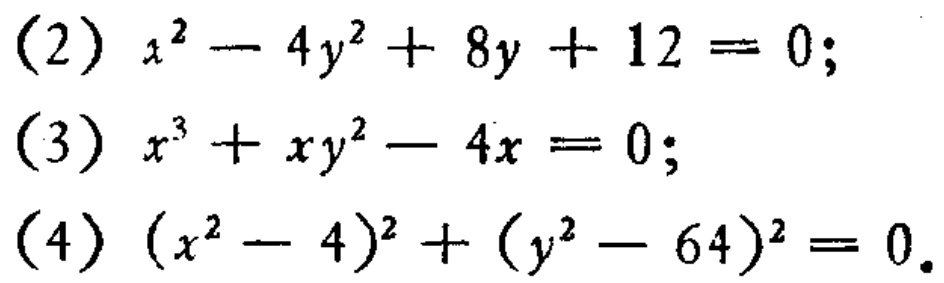
(2) \(x^{2}-4y^{2}+8y + 12 = 0\);
(3) \(x^{3}+xy^{2}-4x = 0\);
(4) \((x^{2}-4)^{2}+(y^{2}-64)^{2}=0\)